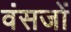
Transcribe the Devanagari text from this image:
वंसजों